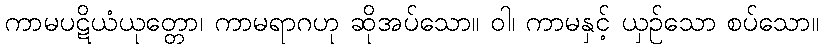
ကာမပဋိယံယုတ္တော၊ ကာမရာဂဟု ဆိုအပ်သော။ ဝါ၊ ကာမနှင့် ယှဉ်သော စပ်သော။